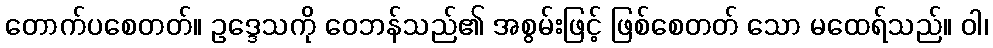
တောက်ပစေတတ်။ ဥဒ္ဒေသကို ဝေဘန်သည်၏ အစွမ်းဖြင့် ဖြစ်စေတတ် သော မထေရ်သည်။ ဝါ၊